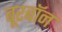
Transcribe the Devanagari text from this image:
बूरबॉन